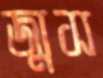
জ্যুস